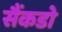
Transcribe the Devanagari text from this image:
सैंकडो